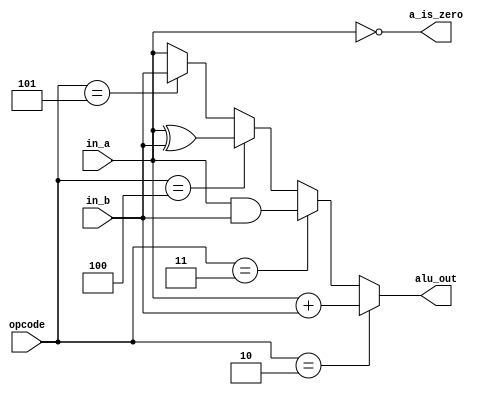
module alu
#(
  parameter WIDTH = 8
 )
 (
  input wire       [2:0] opcode,
  input wire [WIDTH-1:0] in_a,  
  input wire [WIDTH-1:0] in_b,
  output reg [WIDTH-1:0] alu_out,
  output reg             a_is_zero
 );

  localparam  PASSB = 3'b101, ADD = 3'b010, AND = 3'b011, XOR = 3'b100;

  always @*
  begin
      a_is_zero = (in_a == 0);
      if ( opcode == ADD  ) alu_out = in_a + in_b; else
      if ( opcode == AND  ) alu_out = in_a & in_b; else
      if ( opcode == XOR  ) alu_out = in_a ^ in_b; else
      if ( opcode == PASSB) alu_out = in_b;
      else                  alu_out = in_a; 
  end
endmodule